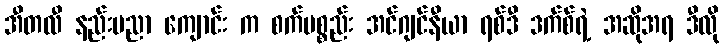
အီတလီ နည်းပညာ ကျောင်း က စက်ပစ္စည်း အင်ဂျင်နီယာ ရစ်ဒီ ဒက်စ်ရဲ့ အဆိုအရ ဒီလို